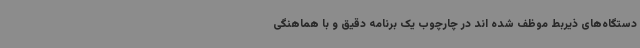
دستگاه‌های ذیربط موظف شده اند در چارچوب یک برنامه دقیق و با هماهنگی